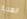
الهدية